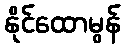
နိုင်ထောမွန်